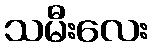
သမီးလေး